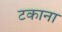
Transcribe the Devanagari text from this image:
टकाना